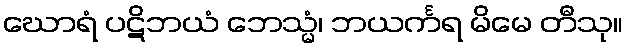
ဃောရံ ပဋိဘယံ ဘေသ္မံ၊ ဘယင်္ကရ မိမေ တီသု။